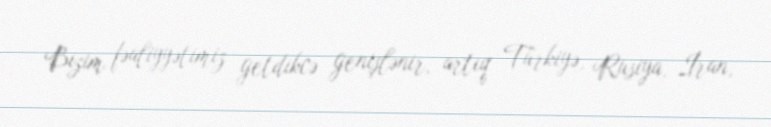
Bizim fəaliyyətimiz getdikcə genişlənir, artıq Türkiyə, Rusiya, İran,